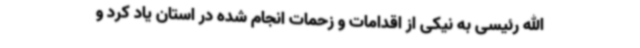
الله رئیسی به نیکی از اقدامات و زحمات انجام شده در استان یاد کرد و